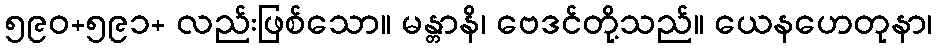
၅၉၀+၅၉၁+ လည်းဖြစ်သော။ မန္တာနိ၊ ဗေဒင်တို့သည်။ ယေနဟေတုနာ၊